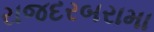
રાજદરબરામા